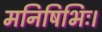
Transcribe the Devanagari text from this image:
मनिषिभिः।